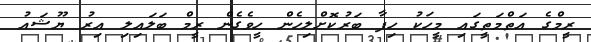
ރީމްގެ އަތްމަތީގައި މީހަކު ހިފާ ބަރުކޮށްލިހެން ހީވެގެން ރީމް ބަލައިލި އިރު ޔޫޝައު